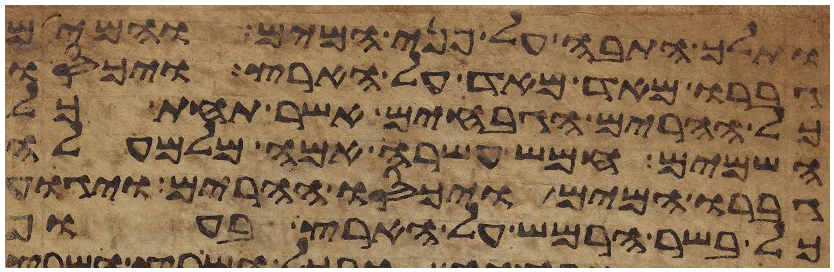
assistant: ותלך התבה על פני המים והמים
גברו מאד מאד על הארץ ויכסו
כל ההרים הגבחים אשר תחת כל
השמים חמש עשרה אמה מלמעלה
גברו המים ויכסו ההרים ויגוע
כל בשר הרמש על הארץ בעוף